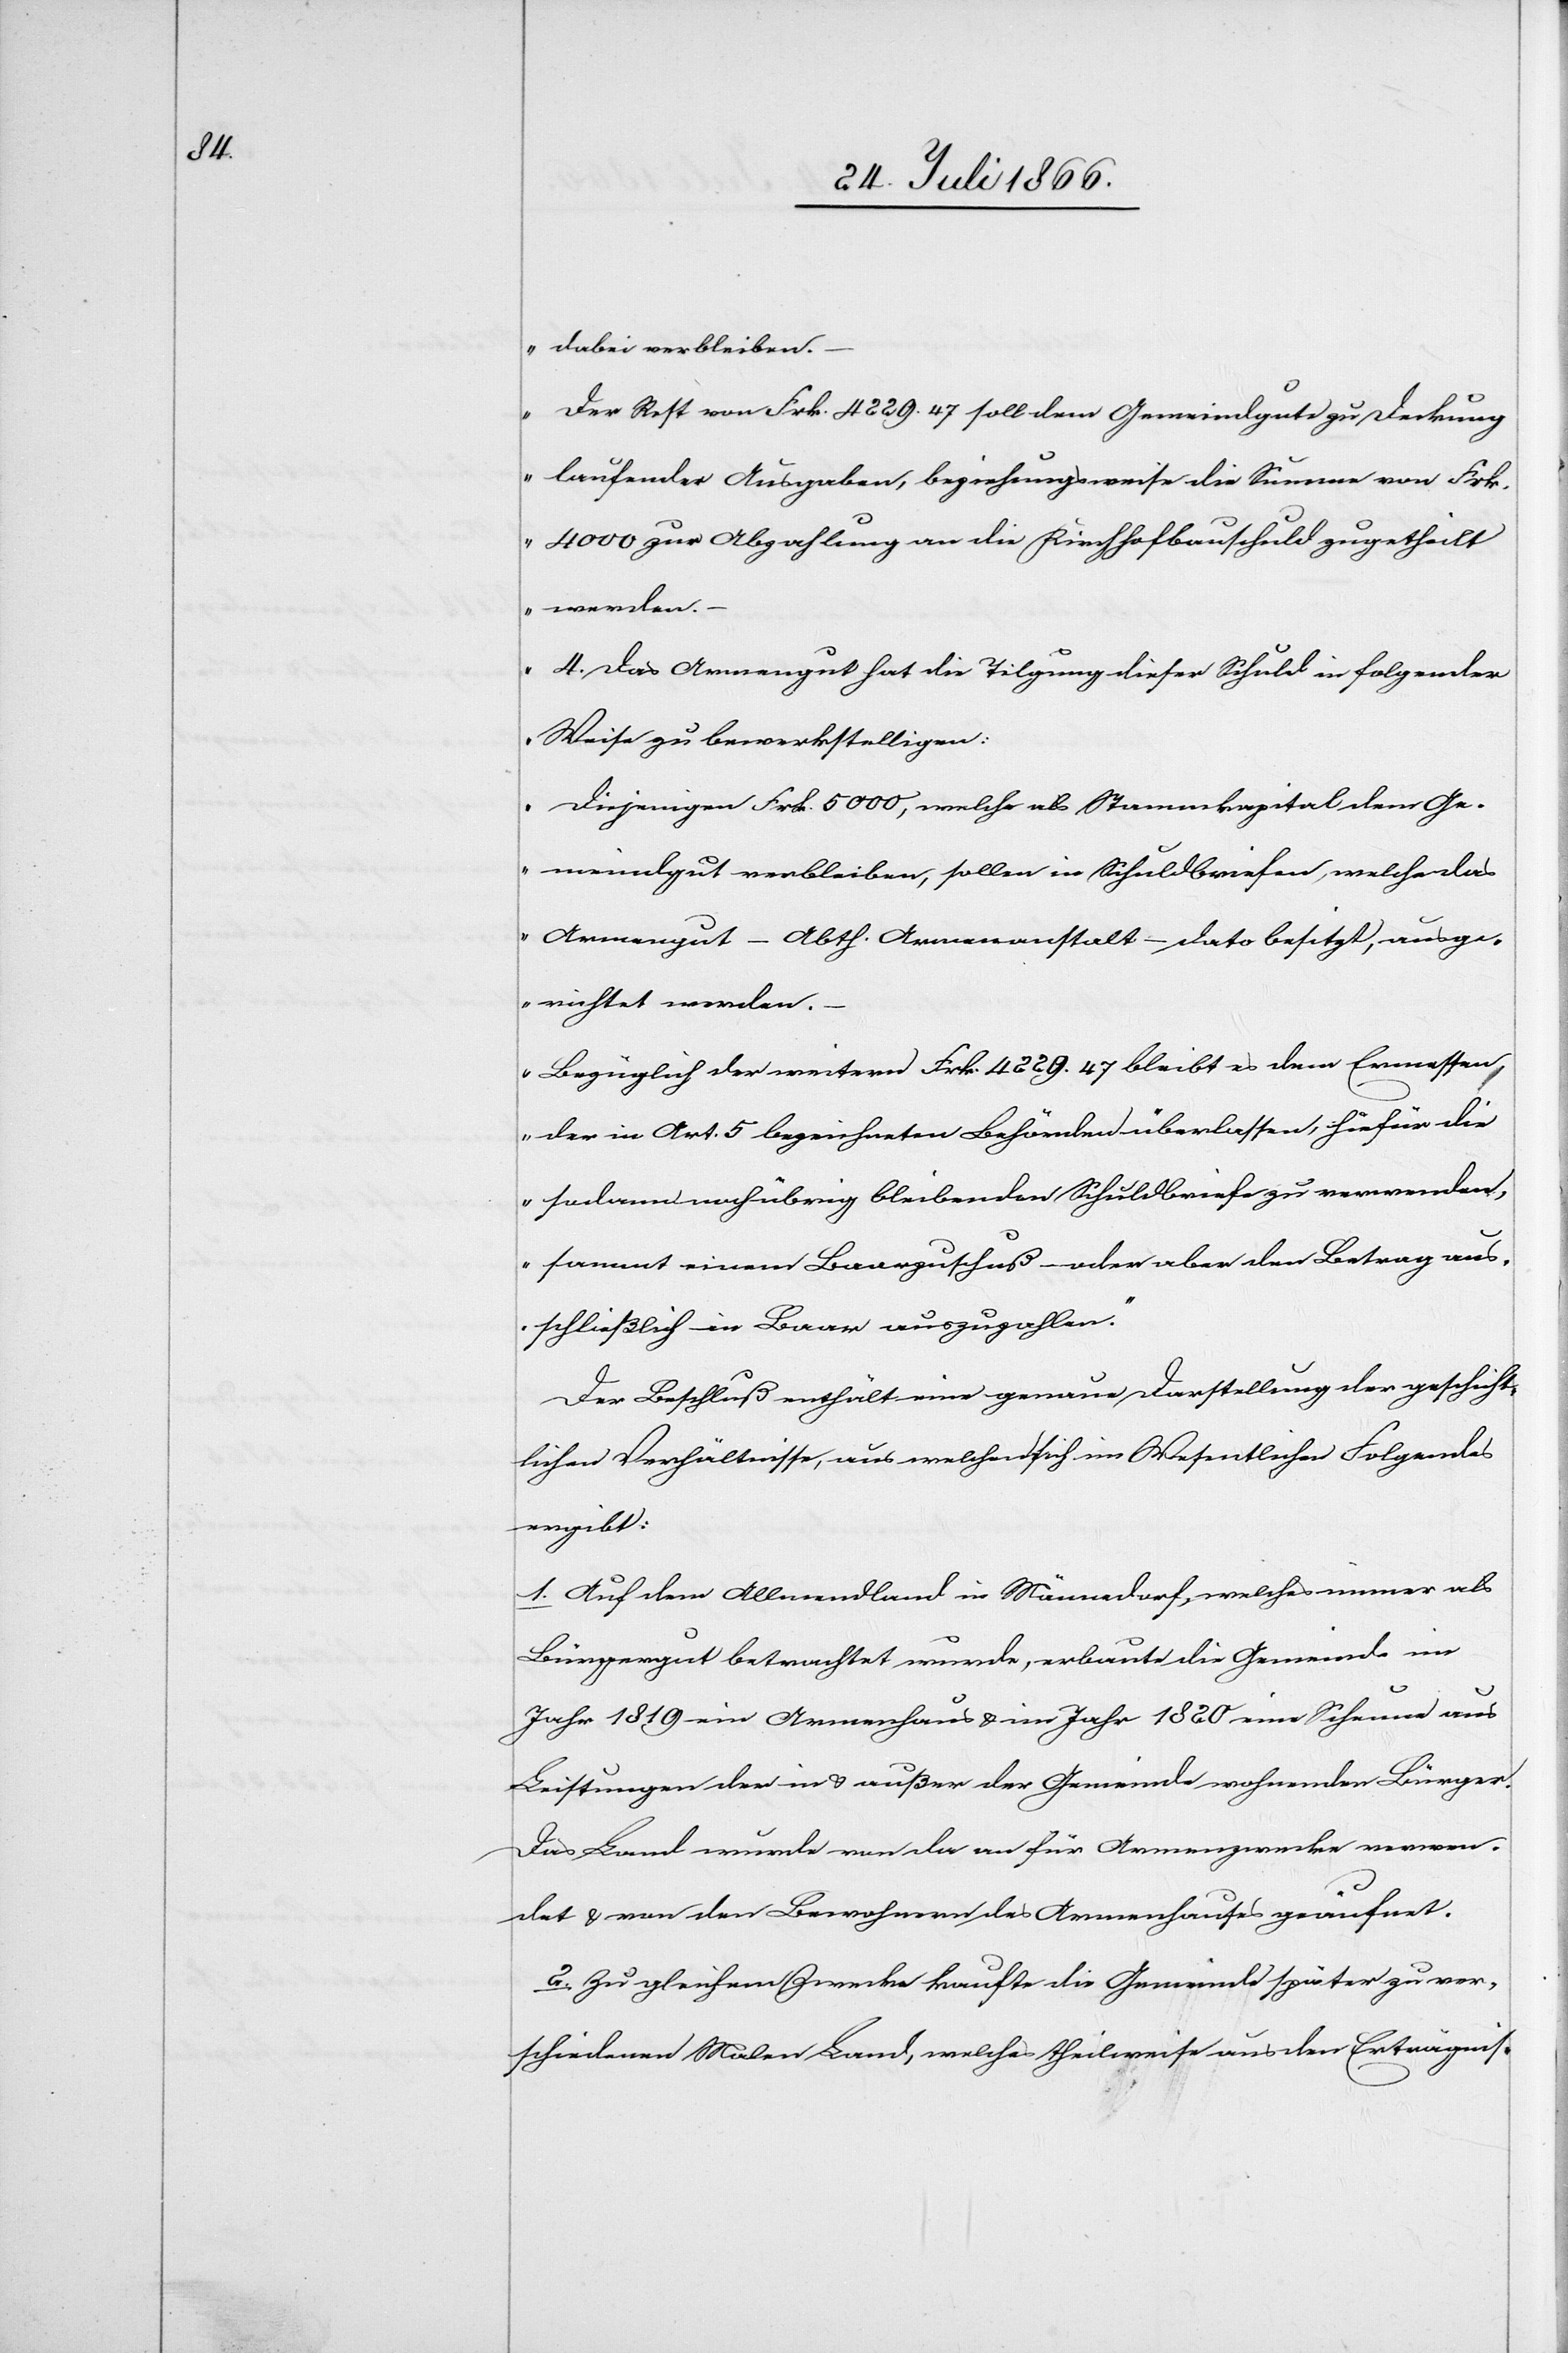
dabei verbleiben.
Der Rest von Frk. 4229.47 soll dem Gemeindgute zu Deckung
laufender Ausgaben, beziehungsweise die Summe von Frk.
4000 zur Abzahlung an die Kirchhofbauschuld zugetheilt
werden.–
4. Das Armengut hat die Tilgung dieser Schuld in folgender
Weise zu bewerkstelligen:
Diejenigen Frk. 5000, welche als Stammkapital dem Ge¬
meindgut verbleiben, sollen in Schuldbriefen, welche das
Armengut – Abth. Armenanstalt – dato besitzt, ausge¬
richtet werden. –
Bezüglich der weitern Frk. 4229.47 bleibt es dem Ermessen
der in Art. 5 bezeichneten Behörde überlassen, hiefür die
sodann noch übrig bleibenden Schuldbriefe zu verwenden,
sammt einem Baarzuschuß – oder aber den Betrag aus¬
schließlich in Baar auszuzahlen.“
Der Beschluß enthält eine genaue Darstellung der geschicht¬
lichen Verhältnisse, aus welchen sich im Wesentlichen Folgendes
ergibt:
1. Auf dem Allmendland in Männedorf, welches immer als
Bürgergut betrachtet wurde, erbaute die Gemeinde im
Jahr 1819 ein Armenhaus u. im Jahr 1820 eine Scheune aus
Leistungen der in u. außer der Gemeinde wohnenden Bürger.
Das Land wurde von da an für Armenzwecke verwen¬
det u. von den Bewohnern des Armenhauses geäufnet.
2. Zu gleichem Zwecke kaufte die Gemeinde später zu ver¬
schiedenen Malen Land, welches theilweise aus den Erträgnis-